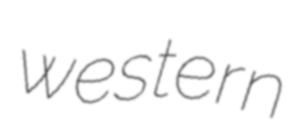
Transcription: western